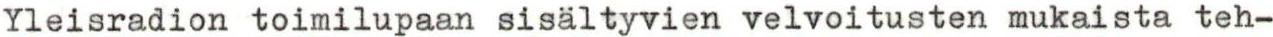
Yleisradion toimilupaan sisältyvien velvoitusten mukaista teh-